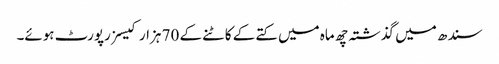
سندھ میں گذشتہ چھ ماہ میں کتے کے کاٹنے کے 70 ہزار کیسز رپورٹ ہوئے۔